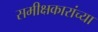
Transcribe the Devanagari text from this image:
समीक्षकारांच्या